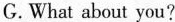
G.What about you?